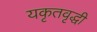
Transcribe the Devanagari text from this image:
यकृतवृद्धी